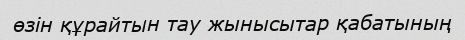
өзін құрайтын тау жынысытар қабатының